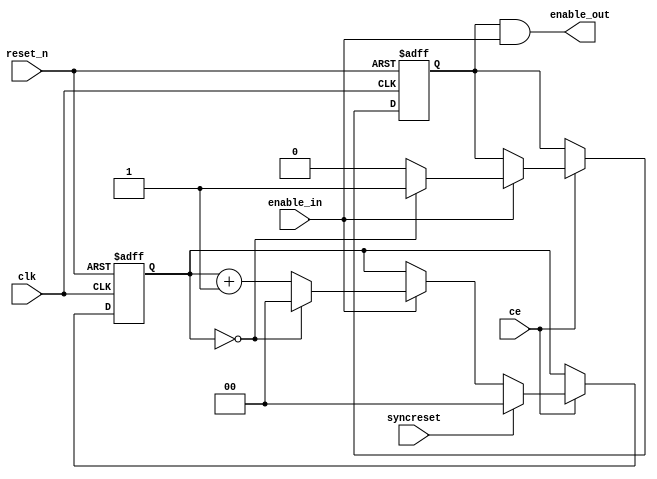
module syncreset_enable_divider(clk, ce, syncreset, reset_n, enable_in, enable_out);
   parameter       count = 1;
   parameter       resetcount = 0;
   input           clk;
   input           ce;
   input           syncreset;
   input           reset_n;
   input           enable_in;
   
   output          enable_out;
   
   parameter       width = $clog2(count);
   reg [width-1:0] count_reg;
   reg [width-1:0] count_next;
   
   reg             enabled_out_next;
   reg             enabled_out_reg;
   
   always @(posedge clk or negedge reset_n)
      if (reset_n == 1'b0)
      begin
         count_reg <= {width{1'b0}};
         enabled_out_reg <= 1'b0;
      end
      else if (ce)
      begin 
         count_reg <= count_next;
         enabled_out_reg <= enabled_out_next;
      end
   
   
   always @(count_reg or enable_in or enabled_out_reg or syncreset)
   begin
      count_next <= count_reg;
      enabled_out_next <= enabled_out_reg;
      
      if (enable_in == 1'b1)
      begin
         count_next <= (count_reg + 1);
         enabled_out_next <= 1'b0;
         
         if (count_reg == (count - 1))
         begin
            count_next <= 0;
            enabled_out_next <= 1'b1;
         end
      end
      
      if (syncreset == 1'b1)
         count_next <= resetcount;
   end
   
   assign enable_out = enabled_out_reg & enable_in;
   
endmodule